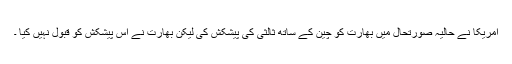
امریکا نے حالیہ صورتحال میں بھارت کو چین کے ساتھ ثالثی کی پیشکش کی لیکن بھارت نے اس پیشکش کو قبول نہیں کیا ۔